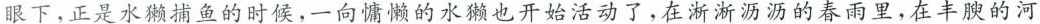
”眼下，正是水獭捕鱼的时候，一向慵懒的水獭也开始活动了，在淅淅沥沥的春雨里，在丰腴的河